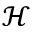
\mathcal { H }